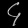
Digit: ၄